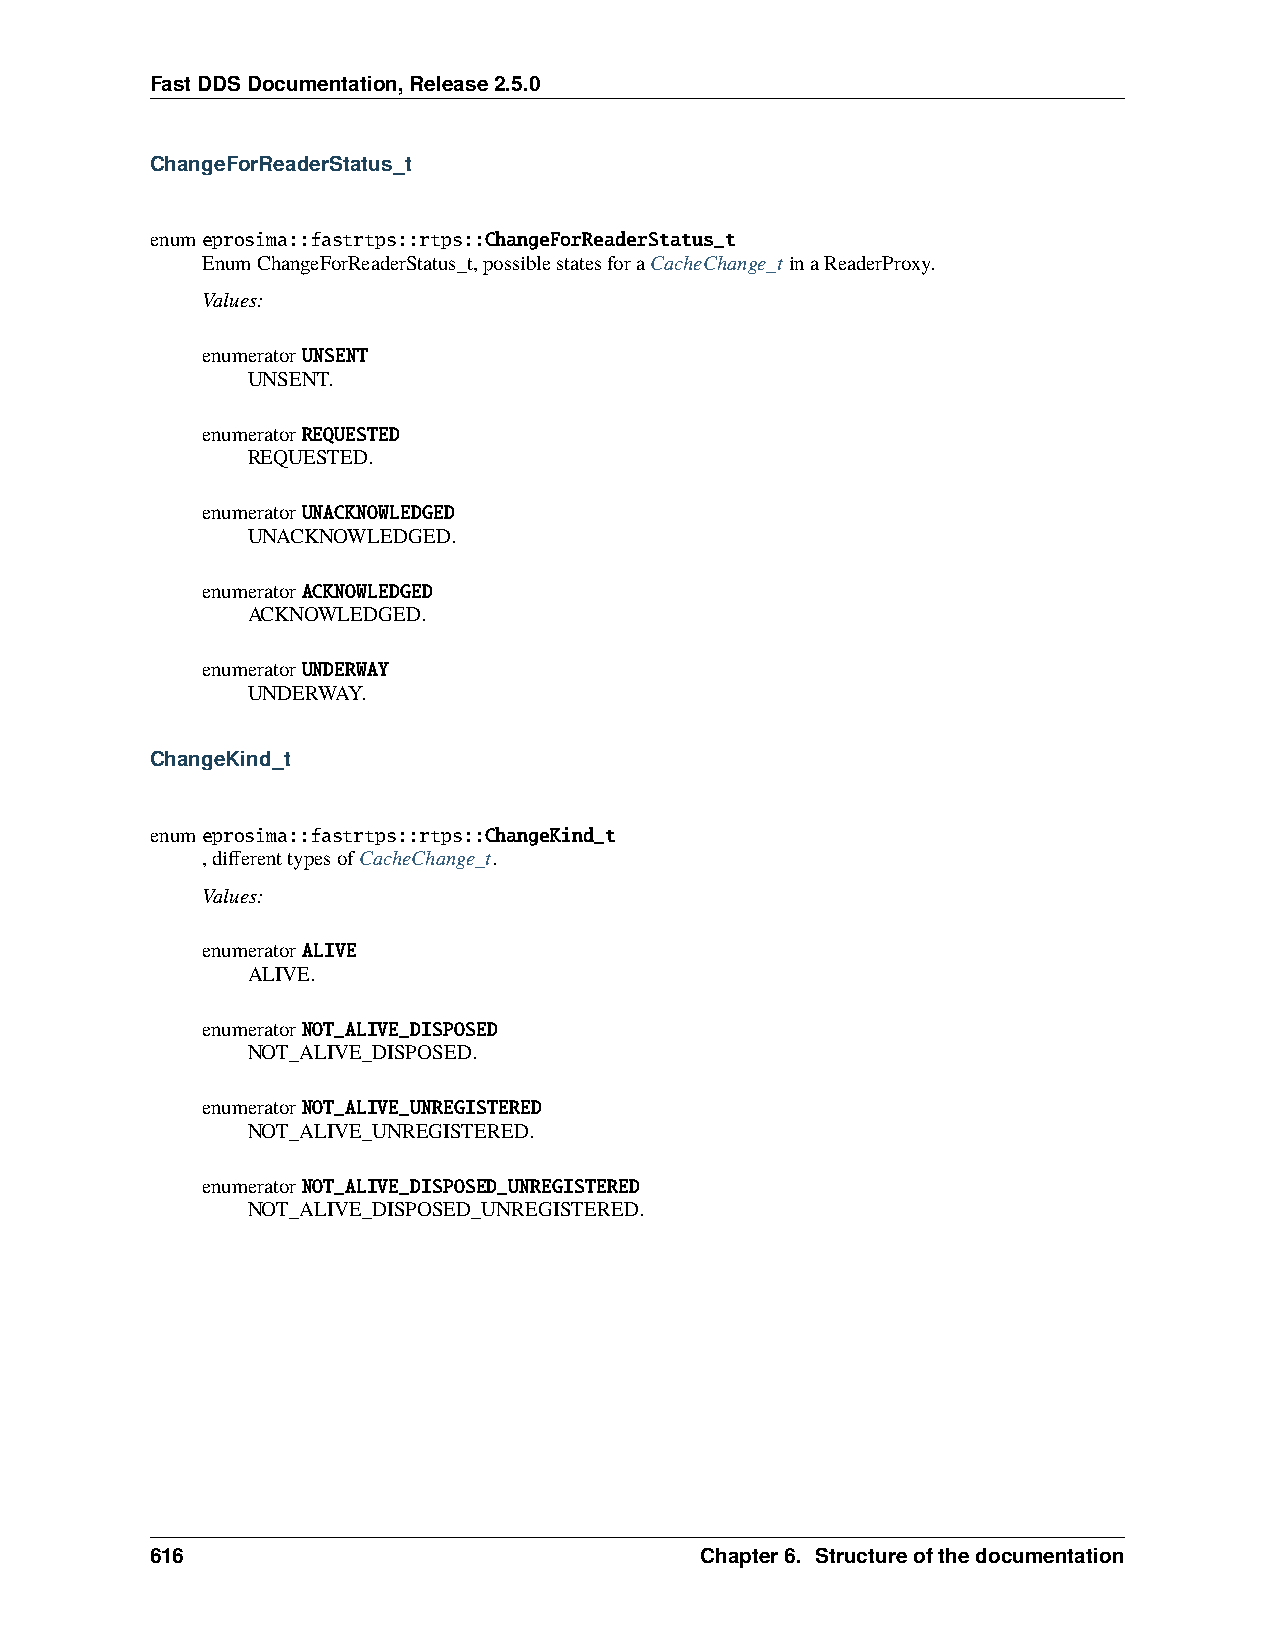
FastDDSDocumentation,Release2.5.0
 ChangeForReaderStatus_t
 enumeprosima::fastrtps::rtps::ChangeForReaderStatus_t
 EnumChangeForReaderStatus_t,possiblestatesforaCacheChange_tinaReaderProxy.
 Values:
 enumeratorUNSENT
 UNSENT.
 enumeratorREQUESTED
 REQUESTED.
 enumeratorUNACKNOWLEDGED
 UNACKNOWLEDGED.
 enumeratorACKNOWLEDGED
 ACKNOWLEDGED.
 enumeratorUNDERWAY
 UNDERWAY.
 ChangeKind_t
 enumeprosima::fastrtps::rtps::ChangeKind_t
 ,differenttypesofCacheChange_t.
 Values:
 enumeratorALIVE
 ALIVE.
 enumeratorNOT_ALIVE_DISPOSED
 NOT_ALIVE_DISPOSED.
 enumeratorNOT_ALIVE_UNREGISTERED
 NOT_ALIVE_UNREGISTERED.
 enumeratorNOT_ALIVE_DISPOSED_UNREGISTERED
 NOT_ALIVE_DISPOSED_UNREGISTERED.
 616                                 Chapter6. Structureofthedocumentation